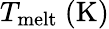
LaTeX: T_{\mathrm{melt}}~\mathrm{{(K)}}